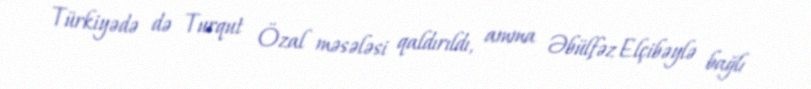
Türkiyədə də Turqut Özal məsələsi qaldırıldı, amma Əbülfəz Elçibəylə bağlı